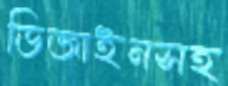
ডিজাইনসহ